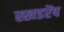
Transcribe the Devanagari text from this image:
स्खडरेंप